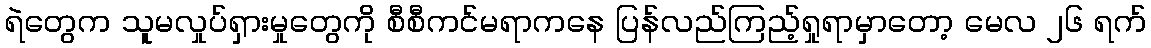
ရဲတွေက သူမလှုပ်ရှားမှုတွေကို စီစီကင်မရာကနေ ပြန်လည်ကြည့်ရှုရာမှာတော့ မေလ ၂၆ ရက်